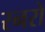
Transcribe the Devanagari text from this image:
रनरो